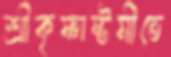
শ্রীকৃষ্ণাষ্টমীতে